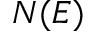
N ( E )